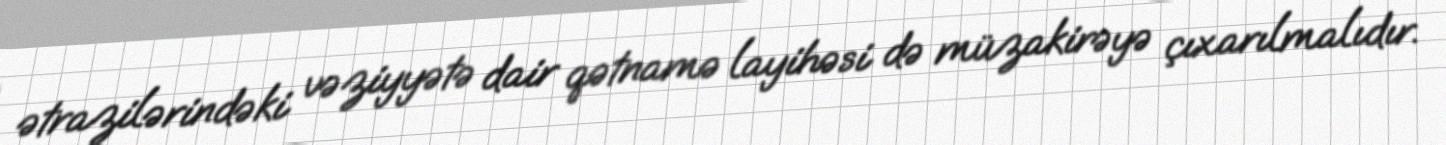
ətrazilərindəki vəziyyətə dair qətnamə layihəsi də müzakirəyə çıxarılmalıdır.